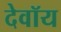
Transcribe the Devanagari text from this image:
देवॉय